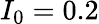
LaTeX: I_{0}=0.2